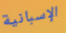
الإسبانية